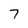
Character: 7